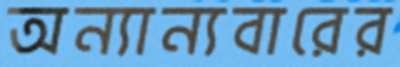
অন্যান্যবারের